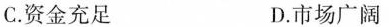
C.资金充足 D.市场广阔